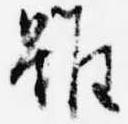
雖